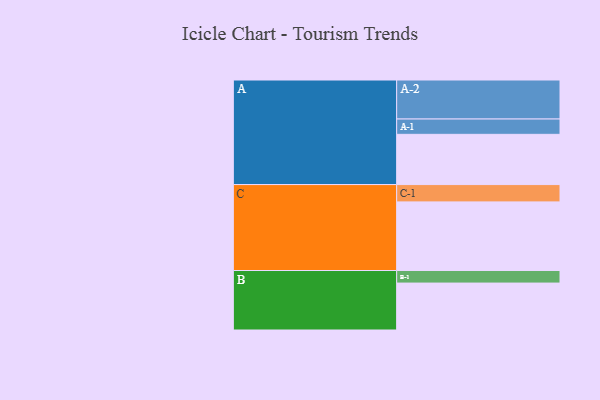
{"axis": {"x": "Segment", "y": "Value"}, "legend": ["", "A", "B", "C"], "data": [{"x": "A", "y": 380, "type": ""}, {"x": "B", "y": 355, "type": ""}, {"x": "C", "y": 519, "type": ""}, {"x": "A-1", "y": 116, "type": "A"}, {"x": "A-2", "y": 295, "type": "A"}, {"x": "B-1", "y": 95, "type": "B"}, {"x": "C-1", "y": 131, "type": "C"}]}